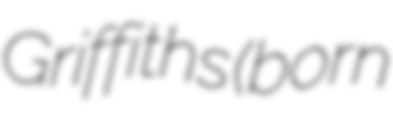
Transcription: Griffiths (born